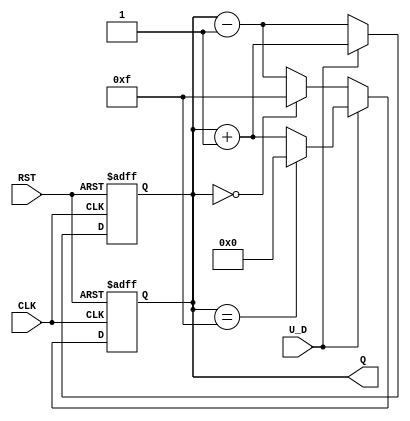
module UpDownCounter (
    input wire CLK,        // Clock signal
    input wire RST,        // Asynchronous reset
    input wire U_D,        // Up/Down control signal
    output reg [3:0] Q     // 4-bit count output
);

    // Asynchronous reset and counting logic
    always @(posedge CLK or posedge RST) begin
        if (RST) begin
            Q <= 4'b0000; // Reset the counter to 0
        end else begin
            if (U_D) begin
                Q <= Q + 1; // Increment count
            end else begin
                Q <= Q - 1; // Decrement count
            end
        end
    end

    // Handle wrapping around for the counter
    always @(posedge CLK or posedge RST) begin
        if (RST) begin
            Q <= 4'b0000; // Reset the counter to 0
        end else begin
            if (U_D) begin
                if (Q == 4'b1111) begin
                    Q <= 4'b0000; // Wrap around to 0
                end else begin
                    Q <= Q + 1; // Increment count
                end
            end else begin
                if (Q == 4'b0000) begin
                    Q <= 4'b1111; // Wrap around to 15
                end else begin
                    Q <= Q - 1; // Decrement count
                end
            end
        end
    end

endmodule